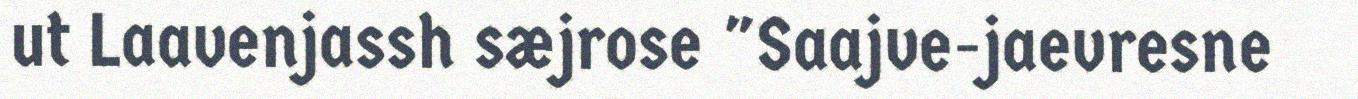
ut Laavenjassh sæjrose "Saajve-jaevresne